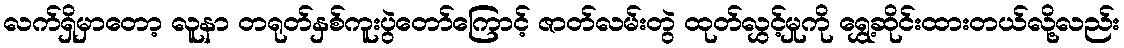
လက်ရှိမှာတော့ လူနာ တရုတ်နှစ်ကူးပွဲတော်ကြောင့် ဇာတ်လမ်းတွဲ ထုတ်လွှင့်မှုကို ရွှေ့ဆိုင်းထားတယ်လို့လည်း